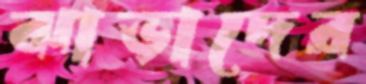
ঝাড়াদের